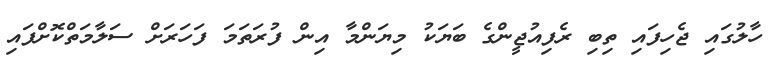
ހާލުގައި ޖެހިފައި ތިބި ރެފިއުޖީންގެ ބަޔަކު މިޔަންމާ އިން ފުރަތަމަ ފަހަރަށް ސަލާމަތްކޮށްފައި